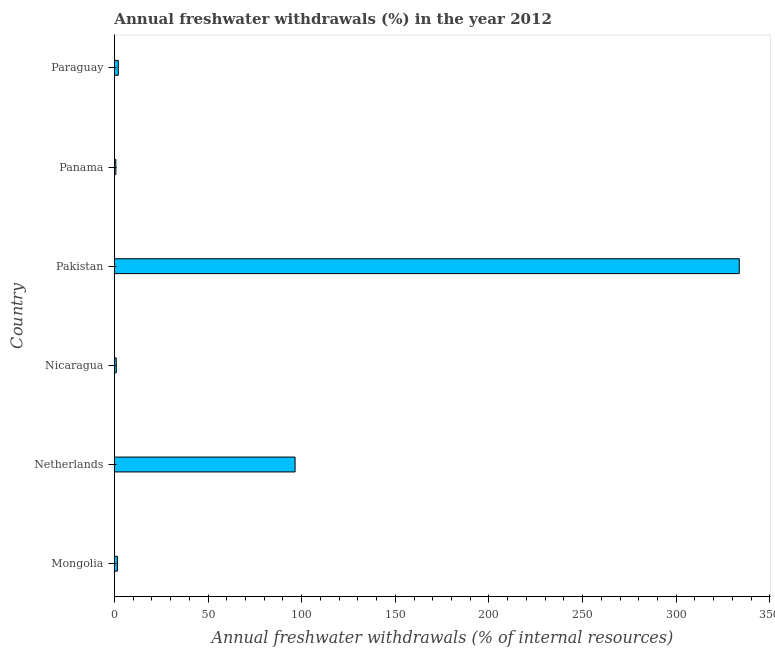
| Country | Annual freshwater withdrawals |
 | --- | --- |
 | Mongolia | 1.58 |
 | Netherlands | 96.5 |
 | Nicaragua | 0.989 |
 | Pakistan | 334 |
 | Panama | 0.759 |
 | Paraguay | 2.06 |